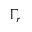
\Gamma _ { r }